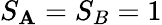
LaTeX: S_{\mathbf{A}}=S_{B}=1